Plague in India, 1896, 1897 - Volume 2
Year: 1896
Disease focus: Plague
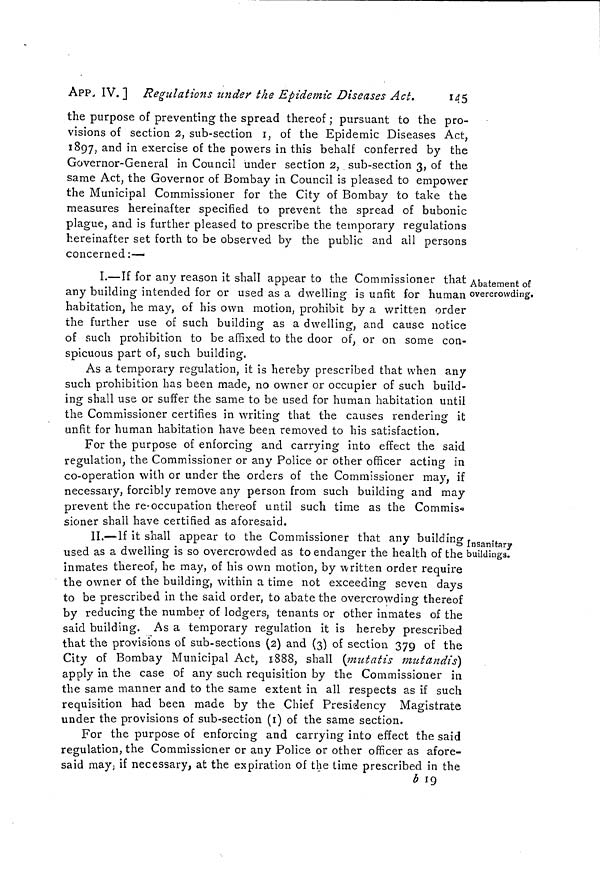
APP. IV. ] Regulations under- the Epidemic Diseases Act.
145
the purpose of preventing the spread thereof ; pursuant to the pro-
visions of section 2, sub-section 1, of the Epidemic Diseases Act,
1897, and in exercise of the powers in this behalf conferred by the
Governor-General in Council under section 2, sub-section 3, of the
same Act, the Governor of Bombay in Council is pleased to empower
the Municipal Commissioner for the City of Bombay to take the
measures hereinafter specified to prevent the spread of bubonic
plague, and is further pleased to prescribe the temporary regulations
hereinafter set forth to be observed by the public and all persons
concerned:-
Abatement of
overcrowding.
I.—If for any reason it shall appear to the Commissioner that
any building intended for or used as a dwelling is unfit for human
habitation, he may, of his own motion, prohibit by a written order
the further use of such building as a dwelling, and cause notice
of such prohibition to be affixed to the door of, or on some con-
spicuous part of, such building.
As a temporary regulation, it is hereby prescribed that when any
such prohibition has been made, no owner or occupier of such build-
ing shall use or suffer the same to be used for human habitation until
the Commissioner certifies in writing that the causes rendering it
unfit for human habitation have been removed to his satisfaction.
For the purpose of enforcing and carrying into effect the said
regulation, the Commissioner or any Police or other officer acting in
co-operation with or under the orders of the Commissioner may, if
necessary, forcibly remove any person from such building and may
prevent the re-occupation thereof until such time as the Commis«
sioner shall have certified as aforesaid.
Insanitary
buildings.
II.— If it shall appear to the Commissioner that any building
used as a dwelling is so overcrowded as to endanger the health of the
inmates thereof, he may, of his own motion, by written order require
the owner of the building, within a time not exceeding seven days
to be prescribed in the said order, to abate the overcrowding thereof
by reducing the number of lodgers, tenants or other inmates of the
said building. As a temporary regulation it is hereby prescribed
that the provisions of sub-sections (2) and (3) of section 379 of the
City of Bombay Municipal Act, 1888, shall (mutatis mutandis)
apply in the case of any such requisition by the Commissioner in
the same manner and to the same extent in all respects as if such
requisition had been made by the Chief Presidency Magistrate
under the provisions of sub-section (i) of the same section.
For the purpose of enforcing and carrying into effect the said
regulation, the Commissioner or any Police or other officer as afore-
said may, if necessary, at the expiration of the time prescribed in the
b 19